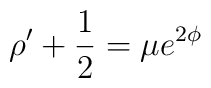
\rho' + \frac{1}{2}=\mu e^{2\phi}